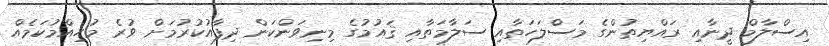
އިސްލާމް ދީނާއި ރައްޔިތުންގެ މަސްލަހަތާއި ސަލާމަތާއި ޤައުމުގެ މިނިވަންކަން ދިފާއުކުރުމަށް ވުރެ މުހިއްމުކަމެއް